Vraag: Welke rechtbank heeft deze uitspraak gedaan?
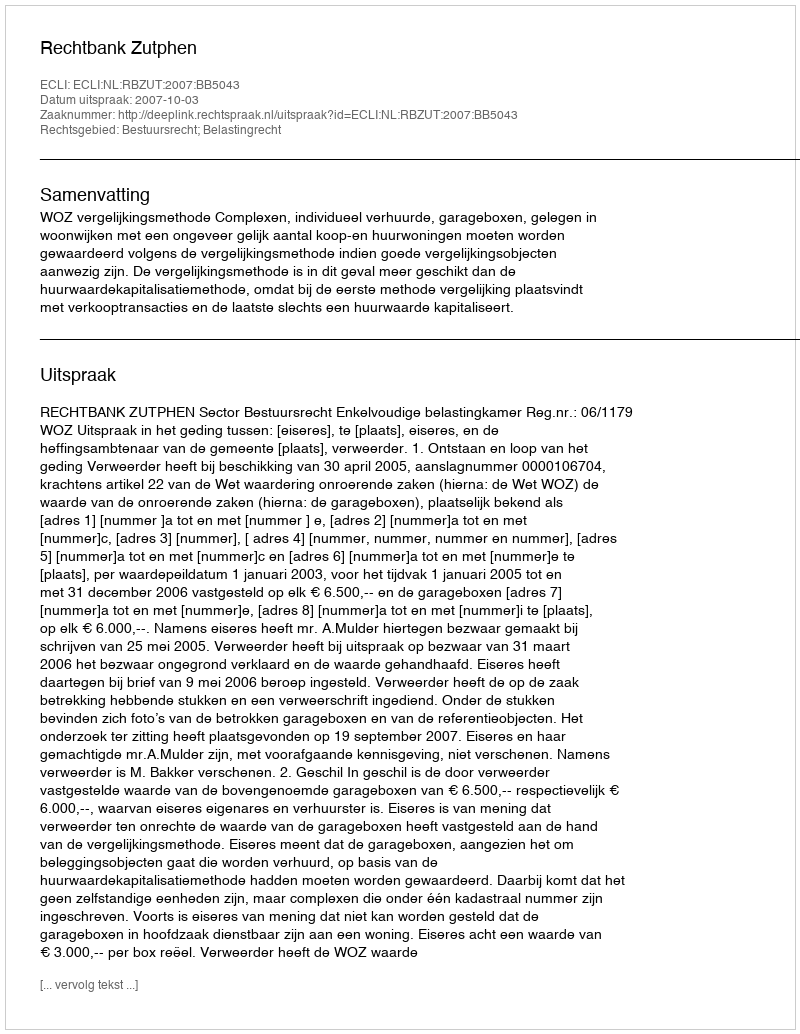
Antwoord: Rechtbank Zutphen